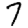
Digit: 7